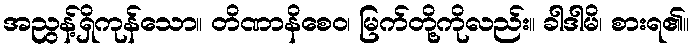
အညွန့်ရှိကုန်သော။ တိဏာနိစေဝ၊ မြက်တို့ကိုလည်း။ ခါဒါမိ၊ စားရ၏။